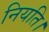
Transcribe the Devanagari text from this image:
नियति।